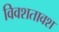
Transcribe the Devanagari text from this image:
विवशतावश